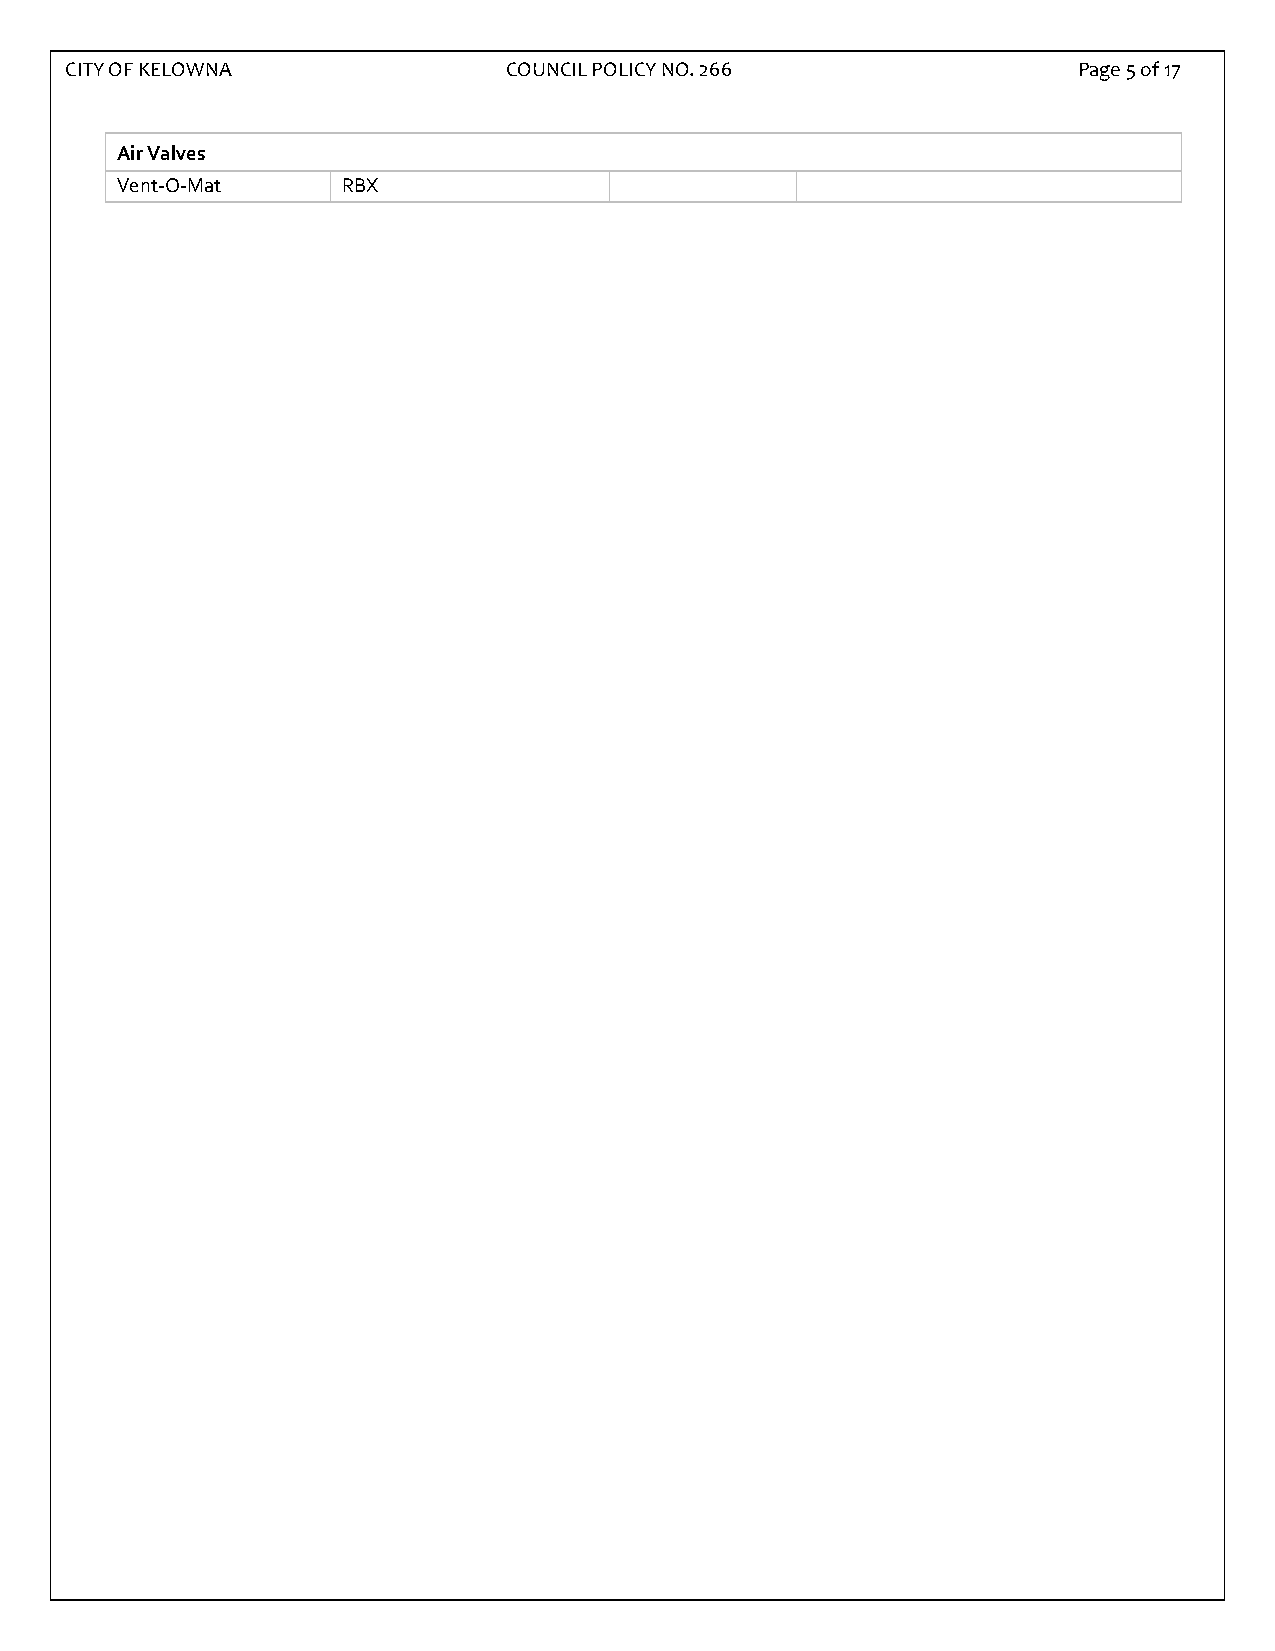
CITY OF KELOWNA              COUNCIL POLICY NO. 266                Page 5 of 17
 Air Valves
 Vent-O-Mat     RBX